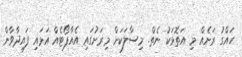
ހައްގު ރަށެއް މި އަތޮޅަކު ނެތް. މިސާލަކަށް މިރަށުގައި އެއާޕޯޓެއް އަޅައި ފައިދާވާން